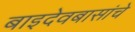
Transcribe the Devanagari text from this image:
बाइदेवबासांचे